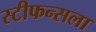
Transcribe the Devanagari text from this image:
स्टीफन्सला